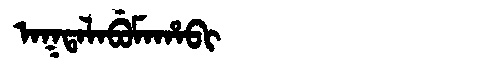
Manchu: ᠠᡴᡨᠠᠯᠠᠪᡠᠮᠠᡥᠠᠪᡳ
Romanization: AKTALABUMAHABI